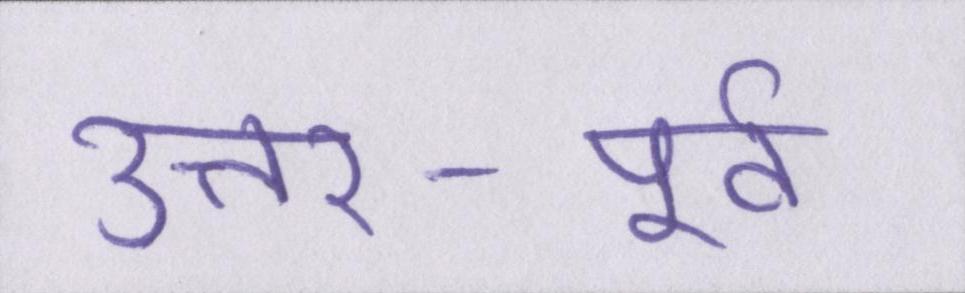
उत्तर-पूर्व